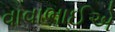
વાવાભાઈએ